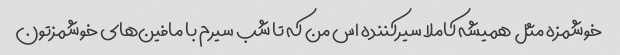
خوشمزه مثل همیشه کاملا سیرکننده اس من که تا شب سیرم با مافین‌های خوشمزتون